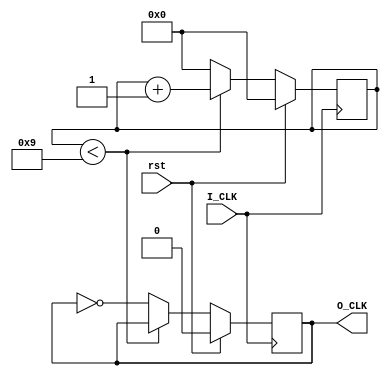
`timescale 1ns / 1ps
//////////////////////////////////////////////////////////////////////////////////
// Company: 
// Engineer: 
// 
// Design Name: 
// Module Name: Divider
// Project Name: 
// Target Devices: 
// Tool Versions: 
// Description: 
// 
// Dependencies: 
// 
// Revision:
// Revision 0.01 - File Created
// Additional Comments:
// 
//////////////////////////////////////////////////////////////////////////////////



module Divider(
    input I_CLK,
    input rst,
    output reg O_CLK=0
    );
    parameter times=20;
    reg [31:0] counter=32'b0;    
    always @(posedge I_CLK )
        if(rst)
            begin
            counter = 32'b0;
            O_CLK=1'b0;
            end
        else if(counter<times/2-1)
            begin
            counter = counter+1'b1;
            O_CLK=O_CLK;
            end
        else
            begin
            counter =32'b0;
            O_CLK=~O_CLK;
            end
endmodule